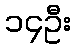
၁၄ဦး